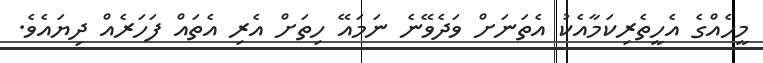
މީހެއްގެ އެހީތެރިކަމާއެކު އެތަނަށް ވަދެވޭނެ ނަމައޭ ހިތަށް އެރި އެތައް ފަހަރެއް ދިޔައެވެ.